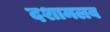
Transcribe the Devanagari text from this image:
दशामलव